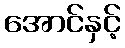
အောင်နှင့်